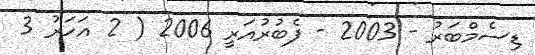
ޑިސެމްބަރު - 2003 - ފެބުރުއަރީ 2006 ( 2 އަހަރު 3